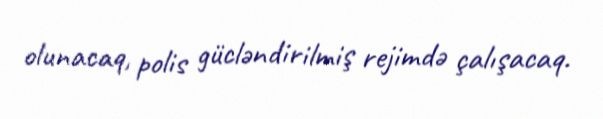
olunacaq, polis gücləndirilmiş rejimdə çalışacaq.